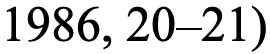
1986, 20–21)